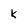
Character: k